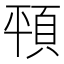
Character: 𩑳